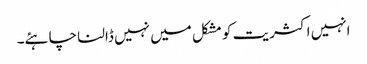
انہیں اکثریت کو مشکل میں نہیں ڈالنا چاہئے۔